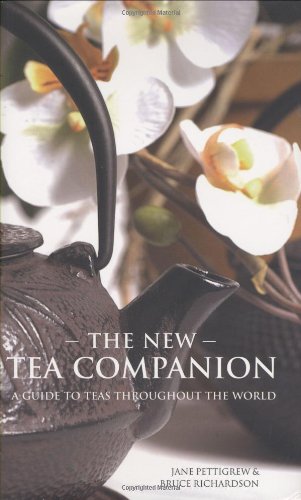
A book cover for The New Tea Companion; Jane Pettigrew; Cookbooks, Food & Wine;